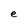
Character: e